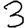
Digit: 3